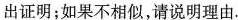
出证明；如果不相似，请说明理由.